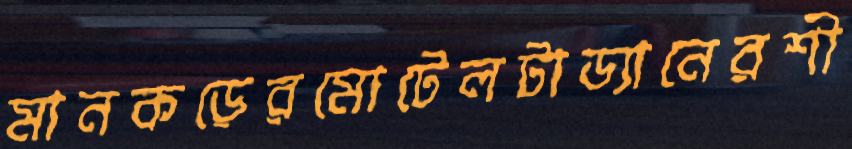
মানকড়েরমোটেলটাড্যানেরশী